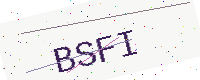
Text: BSFI